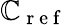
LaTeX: \mathbb{C}_{\mathrm{{~r~e~f~}}}